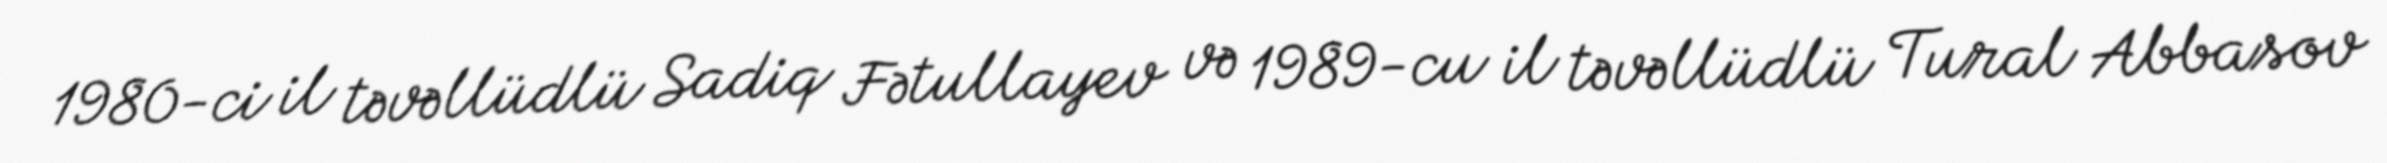
1980-ci il təvəllüdlü Sadiq Fətullayev və 1989-cu il təvəllüdlü Tural Abbasov